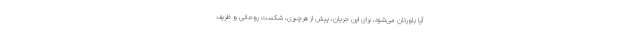
آیا باورتان می‌شود، برای این جریان، پیش از هرچیزی، شکست روحانی و ظریف